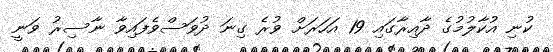
ކުނި އުކާލުމުގެ ދާއިރާގައި 19 އަހަރަށް ވުރެ ގިނަ ދުވަސްވެފައިވާ ނާސިރު ވަނީ